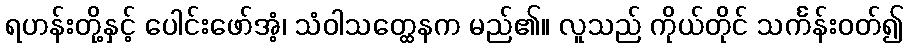
ရဟန်းတို့နှင့် ပေါင်းဖော်အံ့၊ သံဝါသတ္ထေနက မည်၏။ လူသည် ကိုယ်တိုင် သင်္ကန်းဝတ်၍